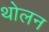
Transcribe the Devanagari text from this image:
थोलन